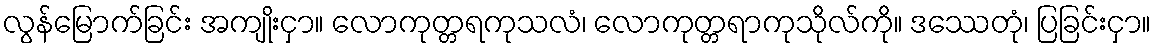
လွန်မြောက်ခြင်း အကျိုးငှာ။ လောကုတ္တရကုသလံ၊ လောကုတ္တရာကုသိုလ်ကို။ ဒဿေတုံ၊ ပြခြင်းငှာ။